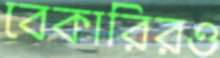
বেকারিরও